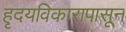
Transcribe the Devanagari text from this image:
हृदयविकारापासून